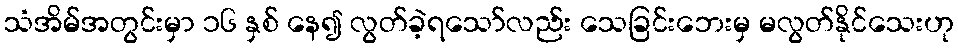
သံအိမ်အတွင်းမှာ ၁၆ နှစ် နေ၍ လွတ်ခဲ့ရသော်လည်း သေခြင်းဘေးမှ မလွတ်နိုင်သေးဟု